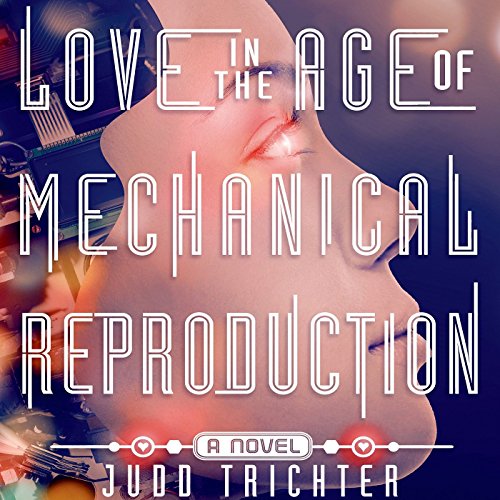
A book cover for Love in the Age of Mechanical Reproduction: A Novel; Judd Trichter; Romance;